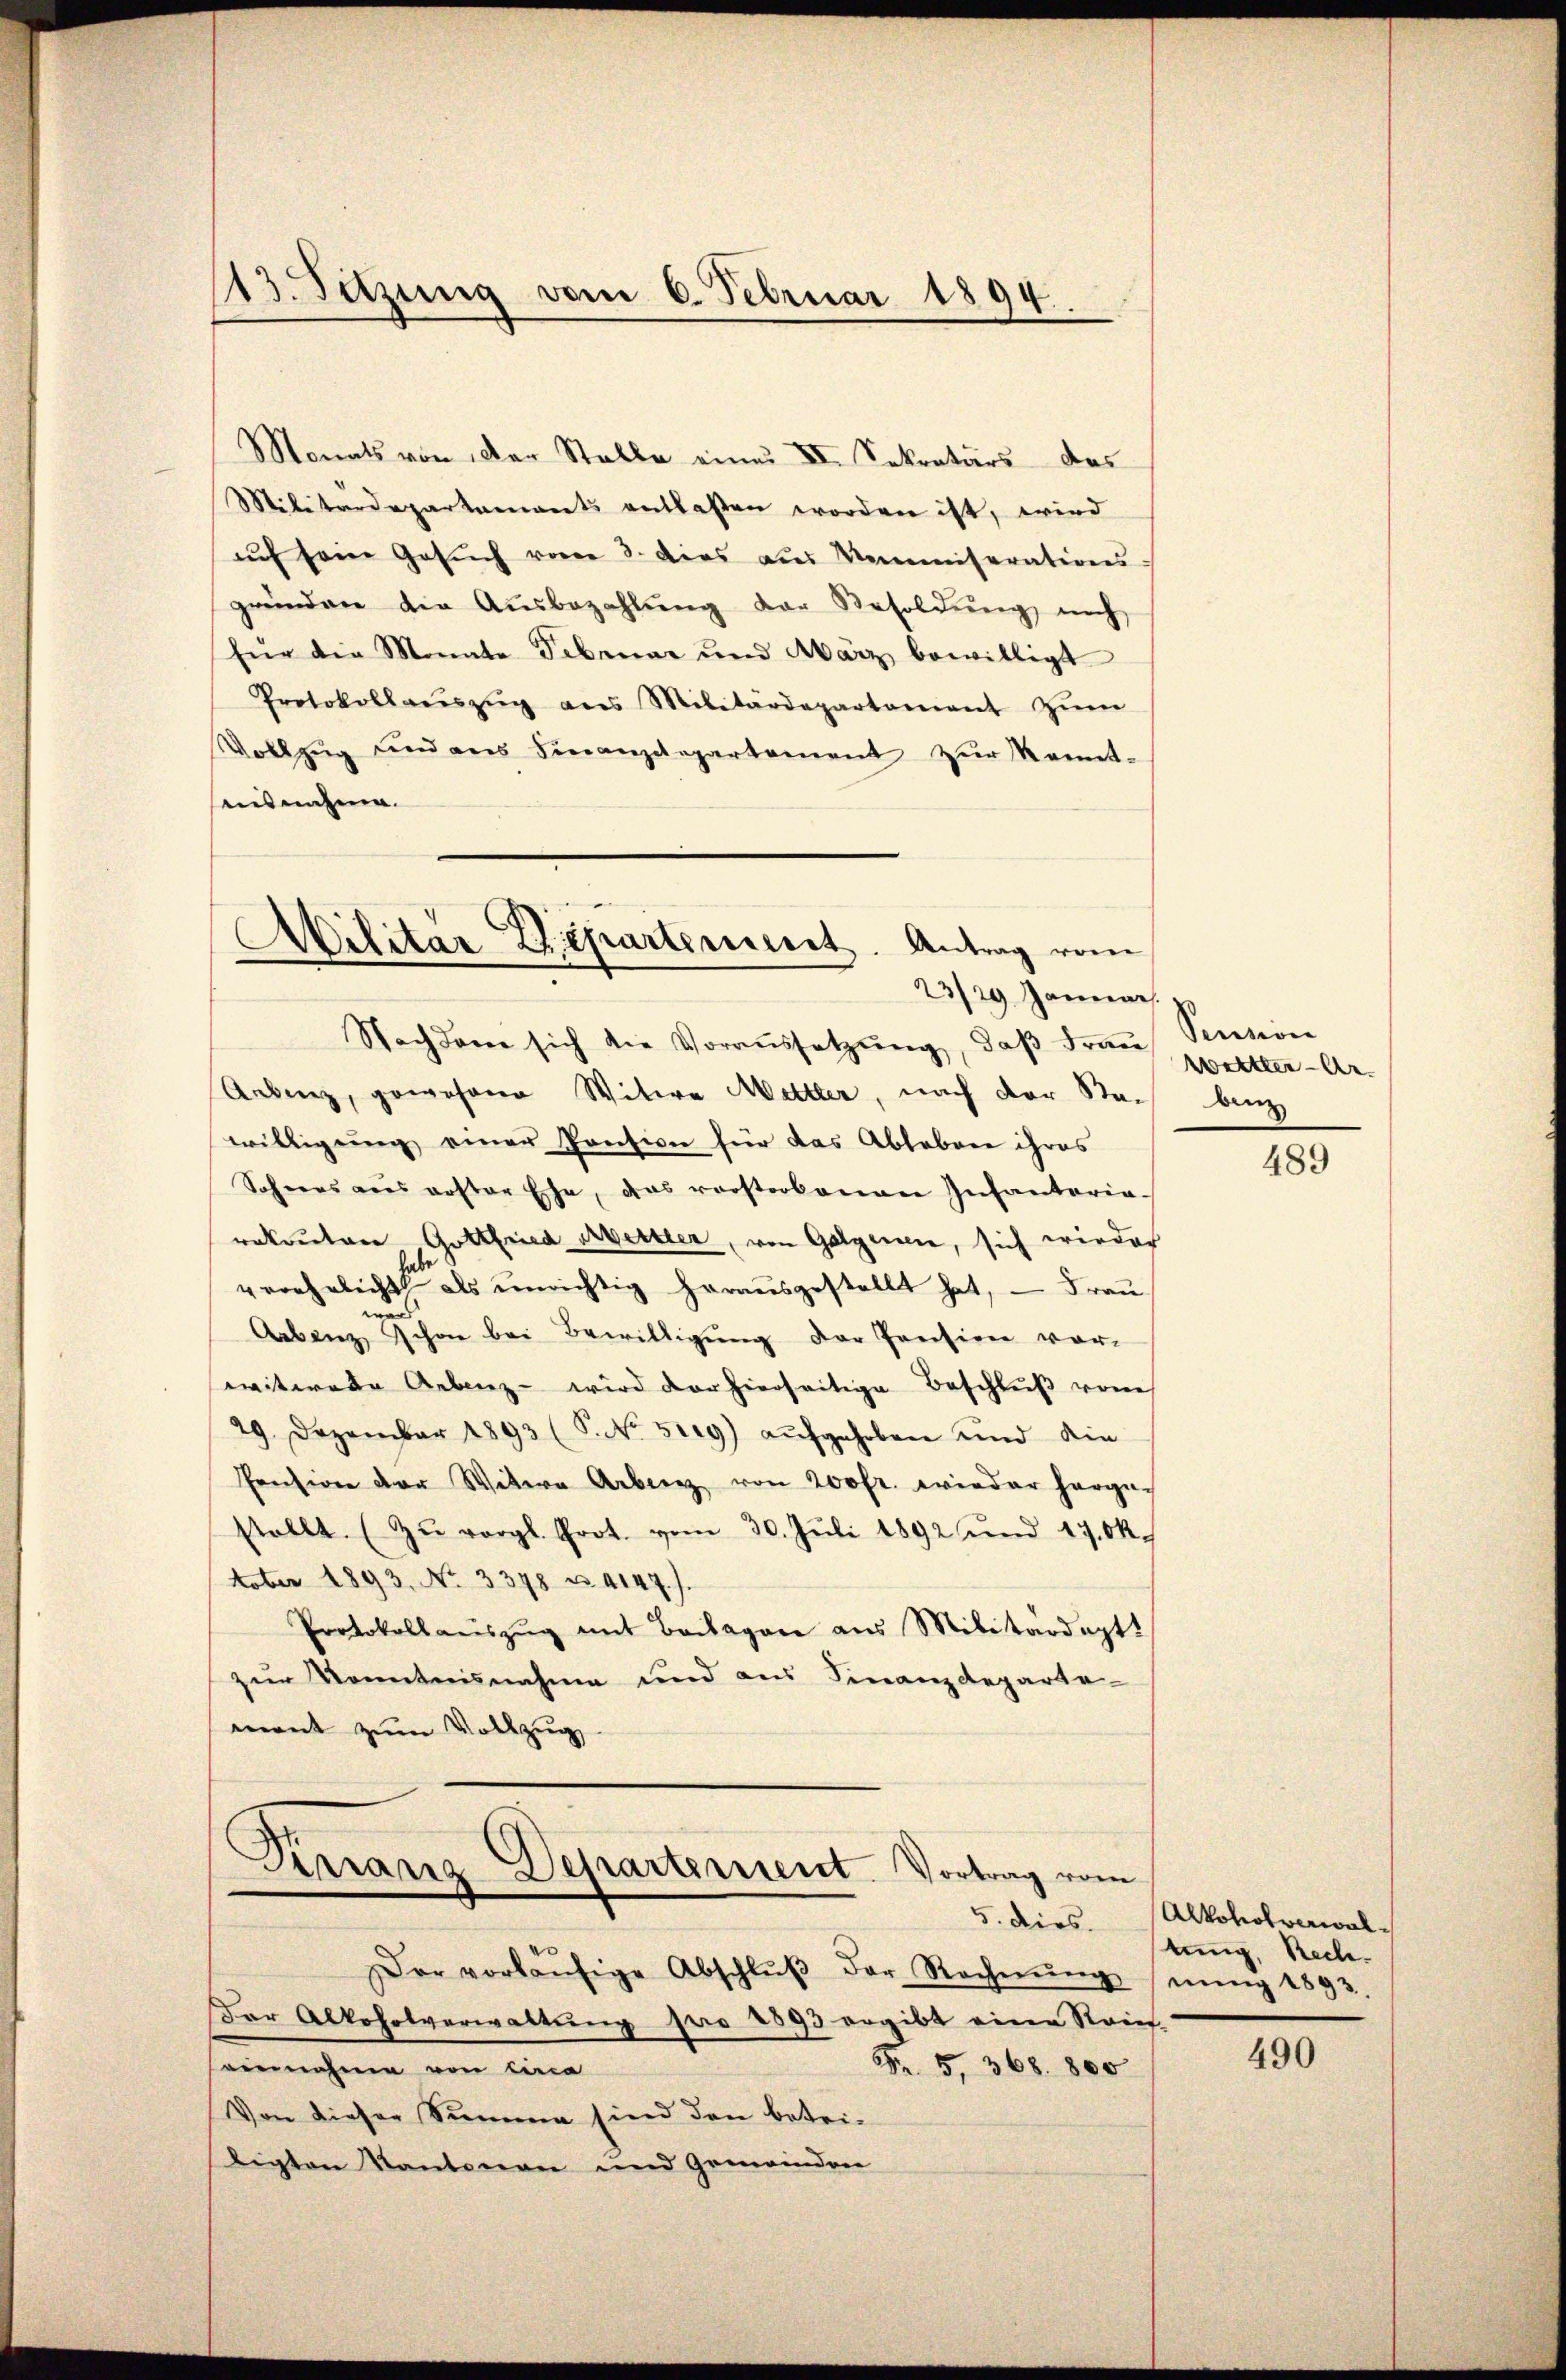
Monats von der Stelle eines VI. Sekretärs des
Militärdepartements entlaßen worden ist, wird
ach seine Gesŭch vom 3. dies aŭs Kommiserations-
gründen die Aŭsbezahlŭng der Besoldŭng nich
für die Monate Februar und März bewilligt
Protokollaŭszŭg ans Militärdepartament zŭm
Vollzŭg und ans Finanzdepartement zŭr Kennt-
ausnahme.
Militär Departement. Antrag vom

113. Sitzung vom 6. Februar 1894.

23/29. Janeines.

Kerrang Departement. Vortrag vom
5. dies.

Nachdem sich die Voraŭssetzŭng, daβ Fraŭ Sention
Aeben, gewohne Witwe Mettler, nach der Stach bin
willigung einer Pension für das Ablebene ihres
Sohnes aus erster Ehe, das vorstorbenen Infantaria-
rakautor Gottfried Mettler, von Galgeren, sich wieder
verehelicht als unrichtig heraŭsgestellt hat, - Frau
d
Arbenz schon bei Bewilligung der Pension vor-
ewitwete Arbenz - wird der hierseitige Beschlŭβ von
29. Dezember 1893 (S. No. 519) aŭfgehoben und die
Pension der Witwe Arbeiz von 200fr. wieder herge-
stellt. (Zŭ vergl. Prot. vom 30. Jŭli 1892 und 17. Ok
Noter 1893. No. 3378 u. 4147).
Protokollaŭszŭg mit Beilagen aus Militärdept.
zur Kenntnisnahme und aus Finanzdeparte-
mant zŭm Vollzug

Der vorläŭfige Abschlŭβ der Rechnŭng
Der Alkoholverwaltung pro 1893 ergibt eine Steief-
Fr. 5, 368. 800
einnahme von Lina
Von dieser Summe sind den betriligten Kantonen und Gemeinden

wettler-Ae

489

Alkohotrawaltung, Rech
nung 1893.

490